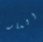
العار